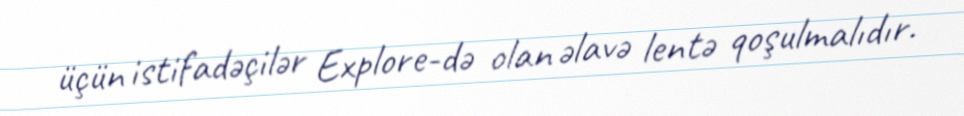
üçün istifadəçilər Explore-də olan əlavə lentə qoşulmalıdır.